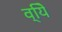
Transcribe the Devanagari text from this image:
व्यिे